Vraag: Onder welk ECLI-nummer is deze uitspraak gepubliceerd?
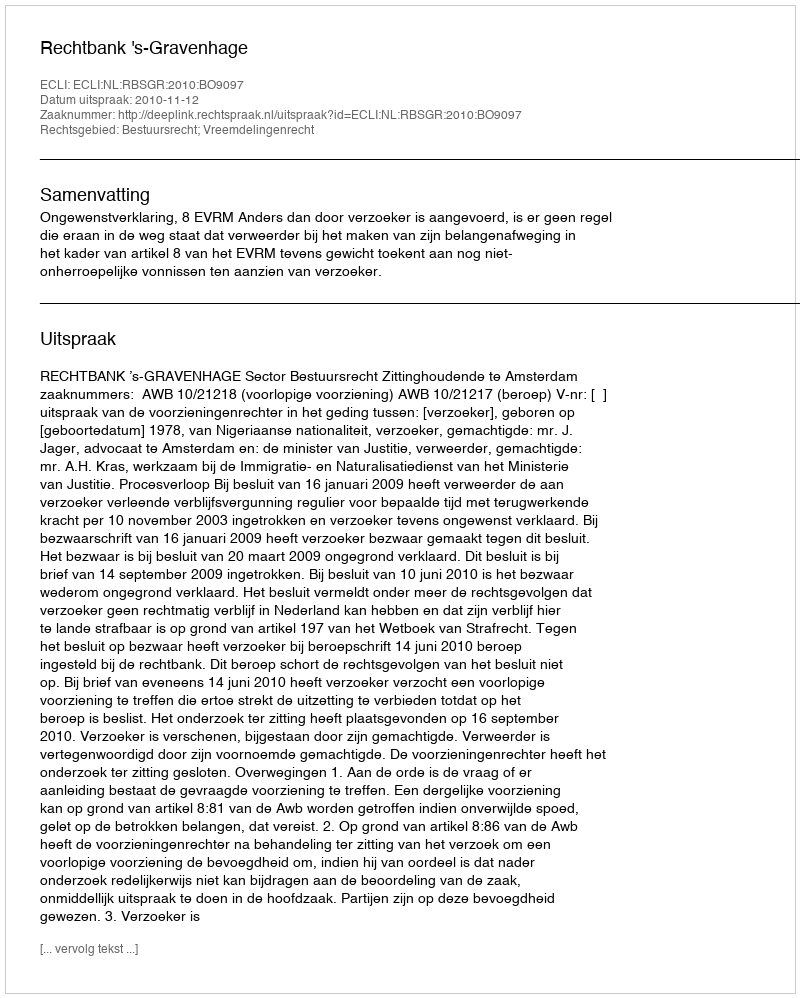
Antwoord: ECLI:NL:RBSGR:2010:BO9097